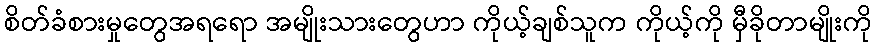
စိတ်ခံစားမှုတွေအရရော အမျိုးသားတွေဟာ ကိုယ့်ချစ်သူက ကိုယ့်ကို မှီခိုတာမျိုးကို